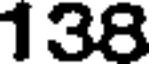
138